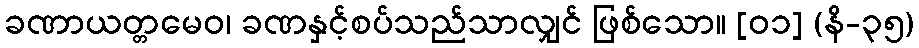
ခဏာယတ္တမေဝ၊ ခဏနှင့်စပ်သည်သာလျှင် ဖြစ်သော။ [၀၁] (နိ-၃၅)